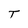
Character: T